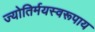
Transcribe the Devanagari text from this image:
ज्योतिर्मयस्वरूपाय